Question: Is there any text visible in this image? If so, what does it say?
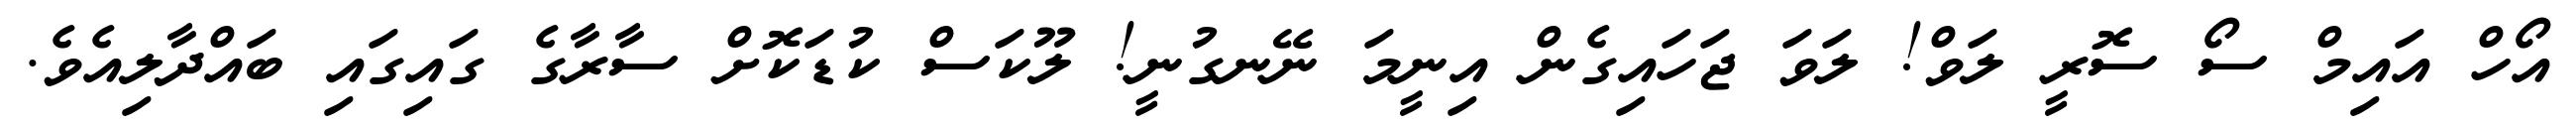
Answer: އޯހް އައިމް ސޯ ސޮރީ ލަވް! ލަވަ ޖަހައިގެން އިނީމަ ނޭނގުނީ! ލޫކަސް ކުޑަކޮށް ސާރާގެ ގައިގައި ބައްދާލިއެވެ.